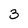
Character: 3